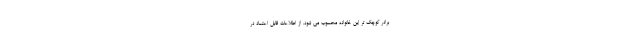
برادر کوچک تر این خانواده محسوب می شود. از اطلاعات قابل اعتماد در